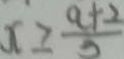
x \geq \frac { a + 2 } { 5 }